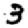
Digit: 3